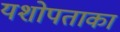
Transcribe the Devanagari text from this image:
यशोपताका